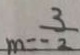
m = - \frac { 3 } { 2 }